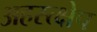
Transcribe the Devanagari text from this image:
अहस्त्क्षेप